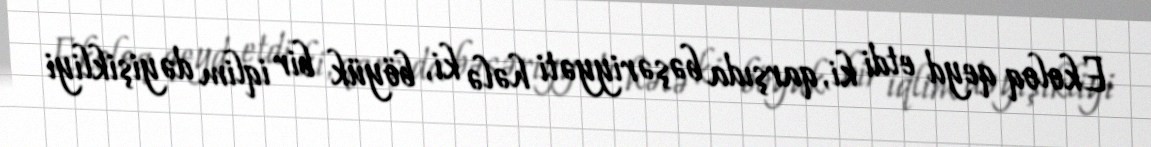
Ekoloq qeyd etdi ki, qarşıda bəşəriyyəti hələ ki, böyük bir iqlim dəyişikliyi